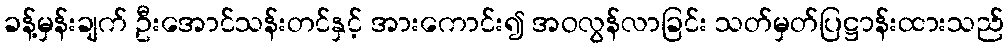
ခန့်မှန်းချက် ဦးအောင်သန်းတင်နှင့် အားကောင်း၍ အဝလွန်လာခြင်း သတ်မှတ်ပြဋ္ဌာန်းထားသည်